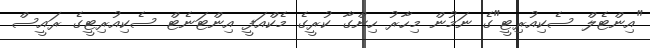
"އިންޓެލް ސެކިއުރިޓީ"ގެ ނަމުން މިހާރު ހިންގާ ކުރީގެ މެކްއަފީ އިންޓަނެޓް ސެކިއުރިޓީގެ ރައީސް